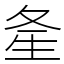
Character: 㚅